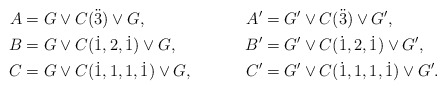
\begin{align*}A&=G\vee C(\ddot3)\vee G,&A'&=G'\vee C(\ddot3)\vee G',\\B&=G\vee C(\dot1,2,\dot1)\vee G,&B'&=G'\vee C(\dot1,2,\dot1)\vee G', \\C&=G\vee C(\dot1,1,1,\dot1)\vee G,&C'&=G'\vee C(\dot1,1,1,\dot1)\vee G'. \end{align*}